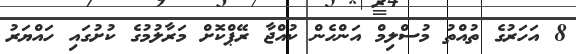
8 އަހަރުގެ ތުއްތު މުސްލިމް އަންހެން ކުއްޖާ ރޭޕްކޮށް މަރާލުމުގެ ކުށުގައި ހައްޔަރު